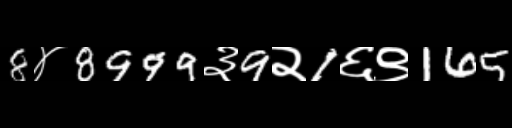
Text: 8४8999३9२1६९165